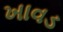
ખાવડ